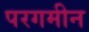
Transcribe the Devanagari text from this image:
परगमीन